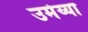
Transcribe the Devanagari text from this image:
उमेय्या